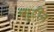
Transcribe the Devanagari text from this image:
बद्द्रुद्दीन